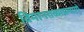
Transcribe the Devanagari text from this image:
विमानतळाप्रमाणे